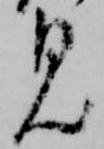
見